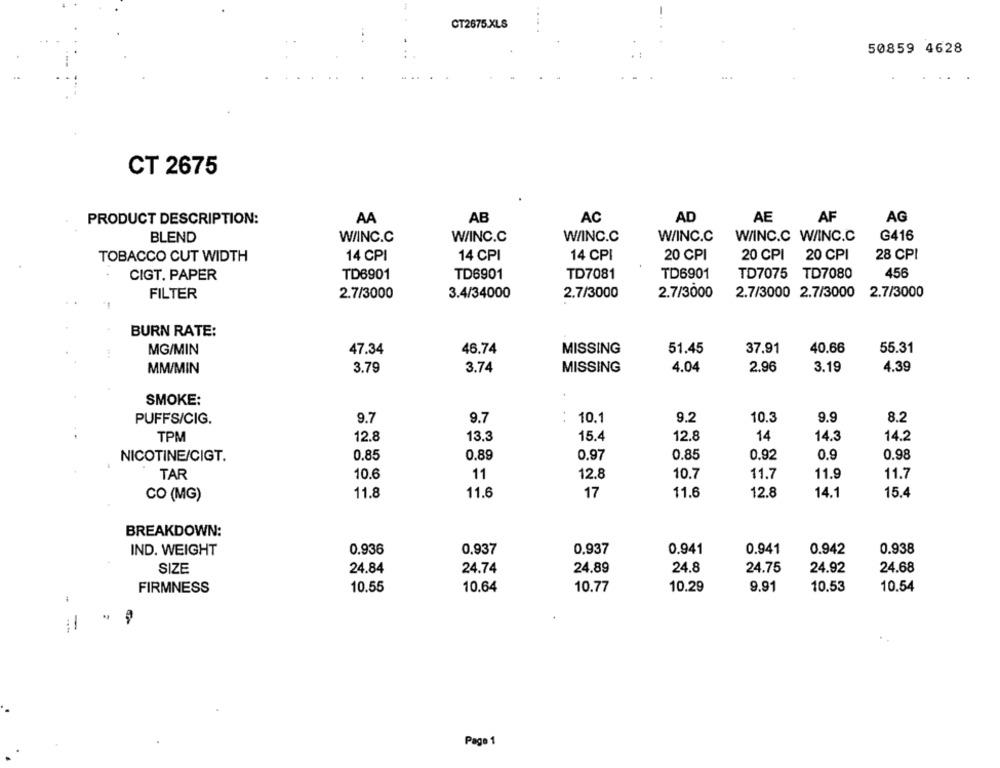
CT2675.XLS
50859 4628
CT 2675
PRODUCT DESCRIPTION:
AA
AB
AC
AD
AE
AF
AG
BLEND
W/INC.C
W/INC.C
W/INC.C
W/INC.C
W/INC.C W/INC.C
G416
TOBACCO CUT WIDTH
14 CPI
14 CPI
14 CPI
20 CPI
20 CPI 20 CPI
28 CPI
CIGT. PAPER
TD6901
TD6901
TD7081
TD6901
TD7075 TD7080
456
FILTER
2.7/3000
3.4/34000
2.7/3000
2.7/3000
2.7/3000 2.7/3000 2.7/3000
BURN RATE:
MG/MIN
47.34
46.74
MISSING
51.45
37.91
40.66
55.31
MM/MIN
3.79
3.74
MISSING
4.04
2.96
3.19
4.39
SMOKE:
PUFFS/CIG.
9.7
9.7
10.1
9.2
10.3
9.9
8.2
TPM
12.8
13.3
15.4
12.8
14
14.3
14.2
NICOTINE/CIGT.
0.85
0.89
0.97
0.85
0.92
0.9
0.98
TAR
10.6
11
12.8
10.7
11.7
11.9
11.7
CO (MG)
11.8
11.6
17
11.6
12.8
14.1
15.4
BREAKDOWN:
IND. WEIGHT
0.936
0,937
0,937
0.941
0.941
0.942
0.938
SIZE
24.84
24.74
24.89
24.8
24.75
24.92
24.68
FIRMNESS
10.55
10.64
10.77
10.29
9.91
10.53
10.54
-
Page 1